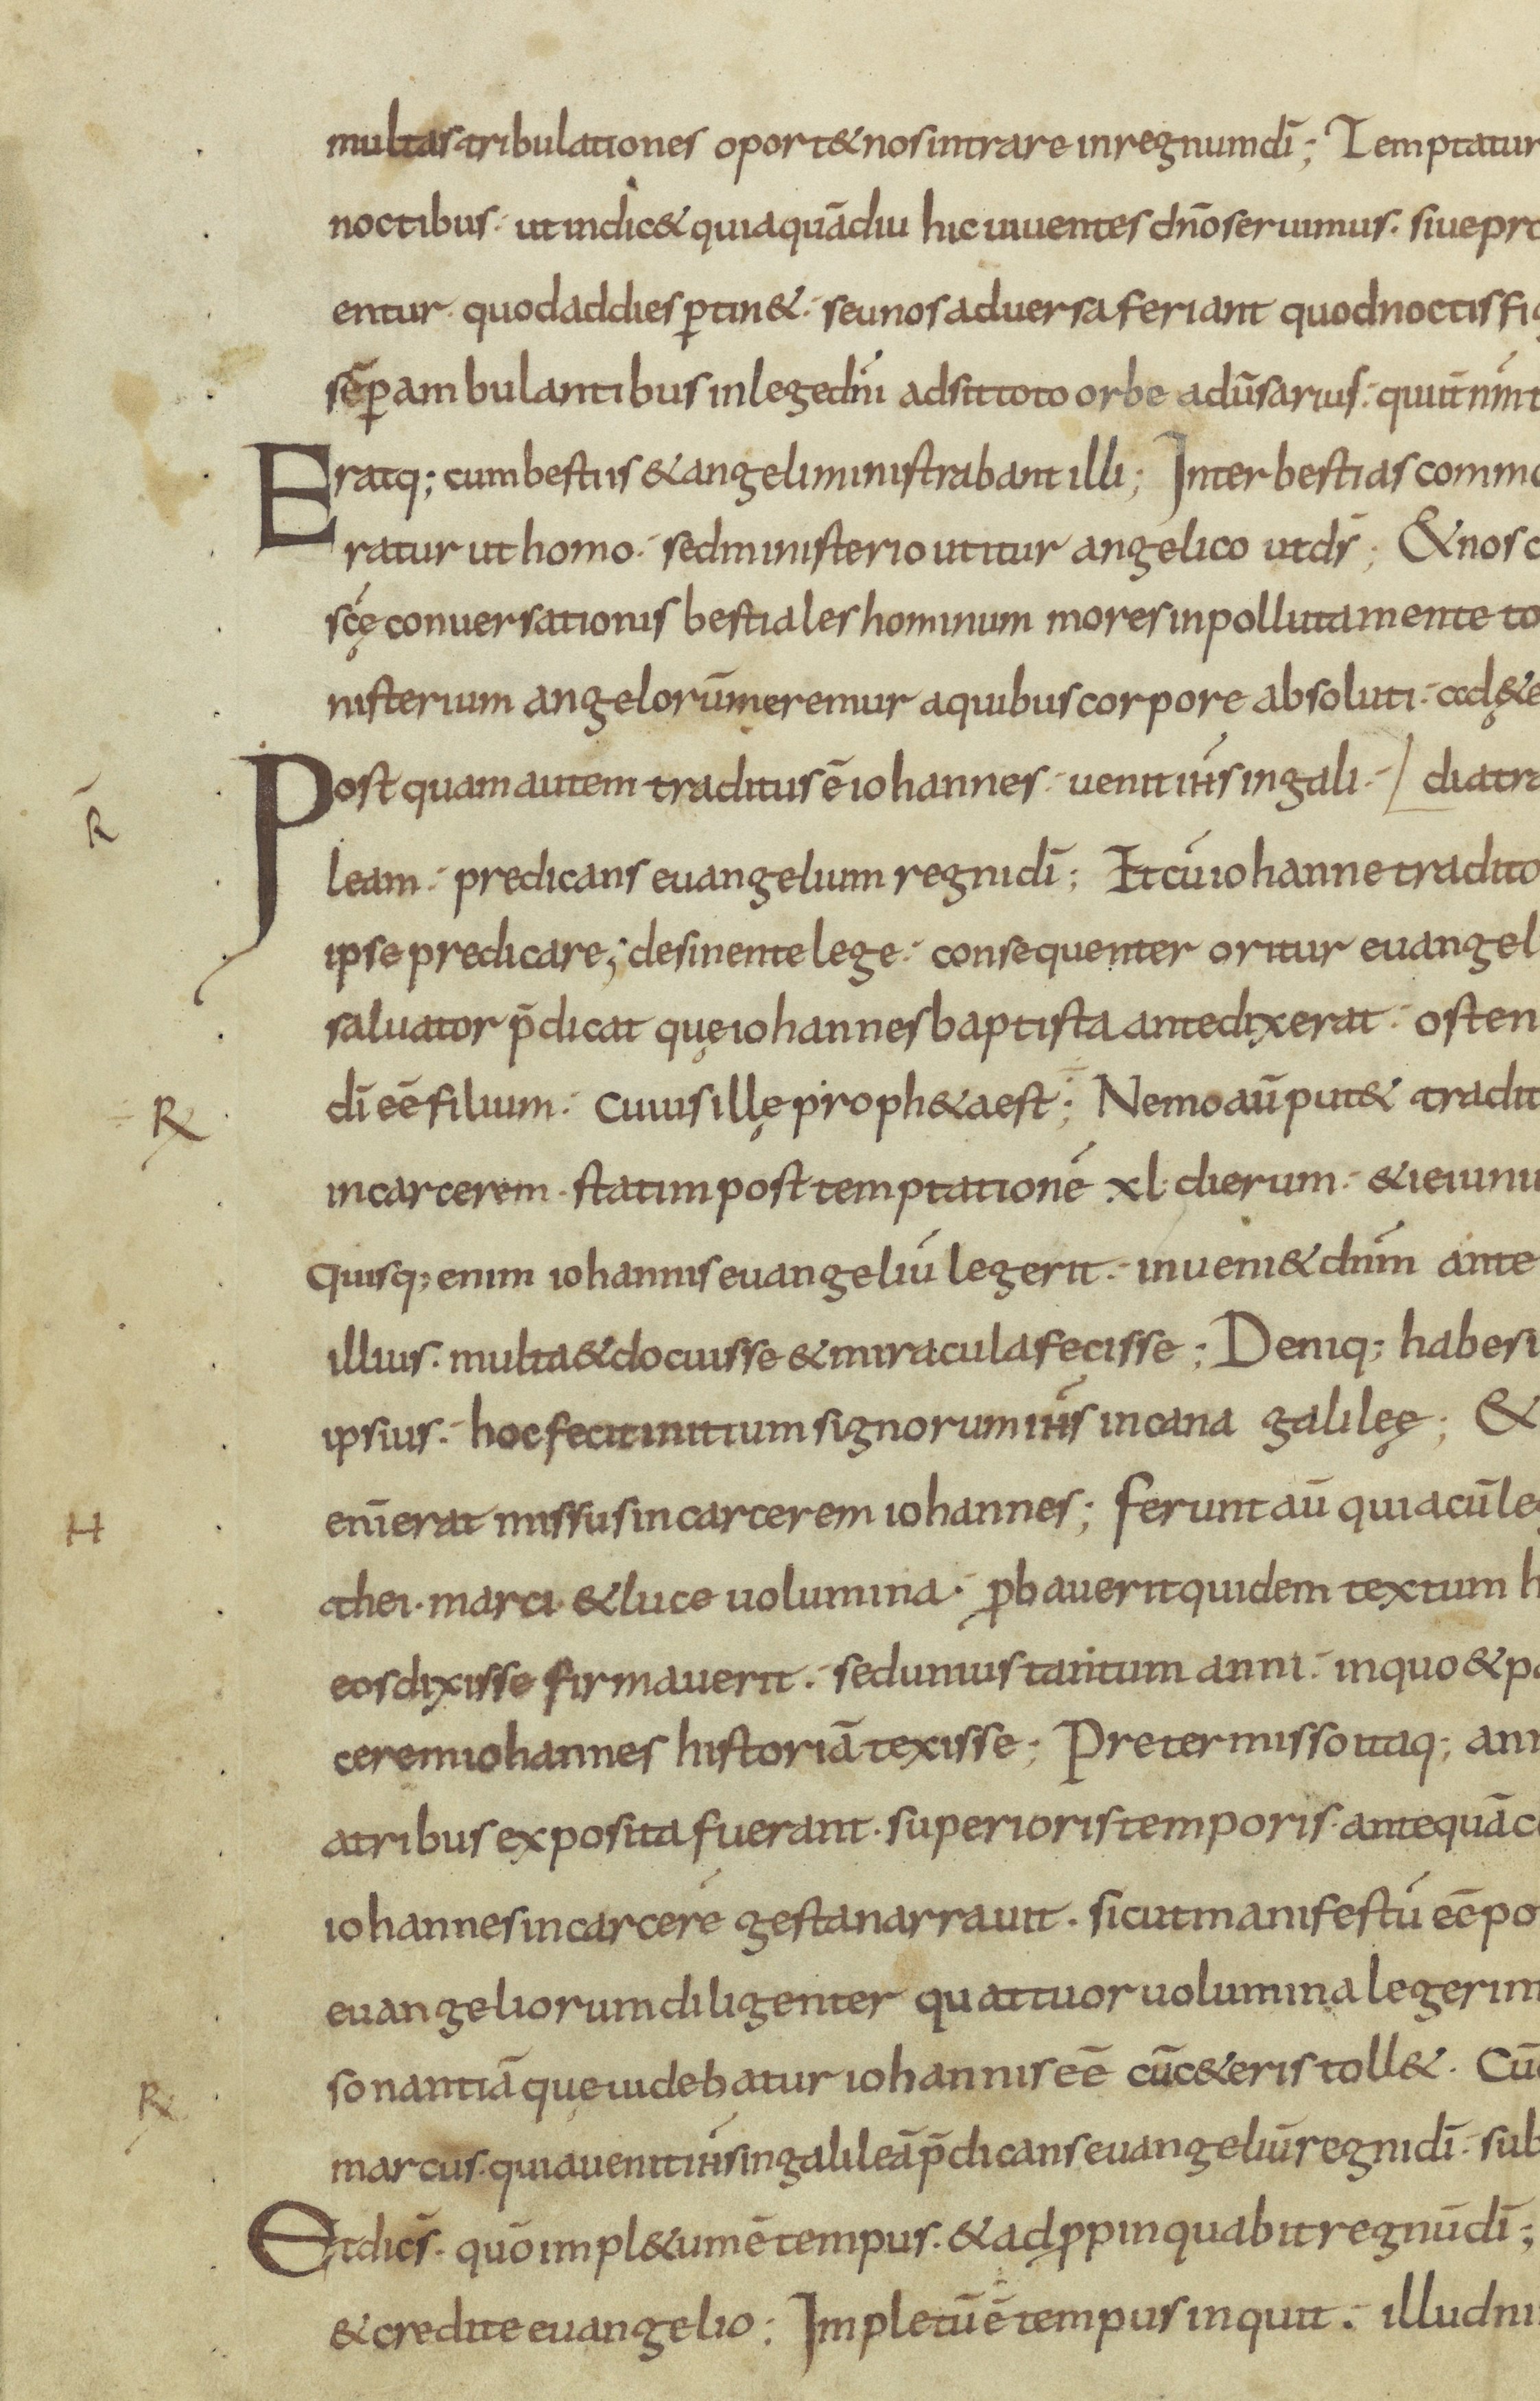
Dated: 800–899